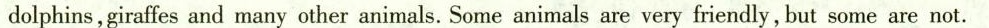
dolphins,giraffes and many other animals.Some animals are very friendly, but some are not.